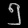
Digit: ၅